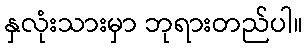
နှလုံးသားမှာ ဘုရားတည်ပါ။